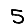
Digit: 5